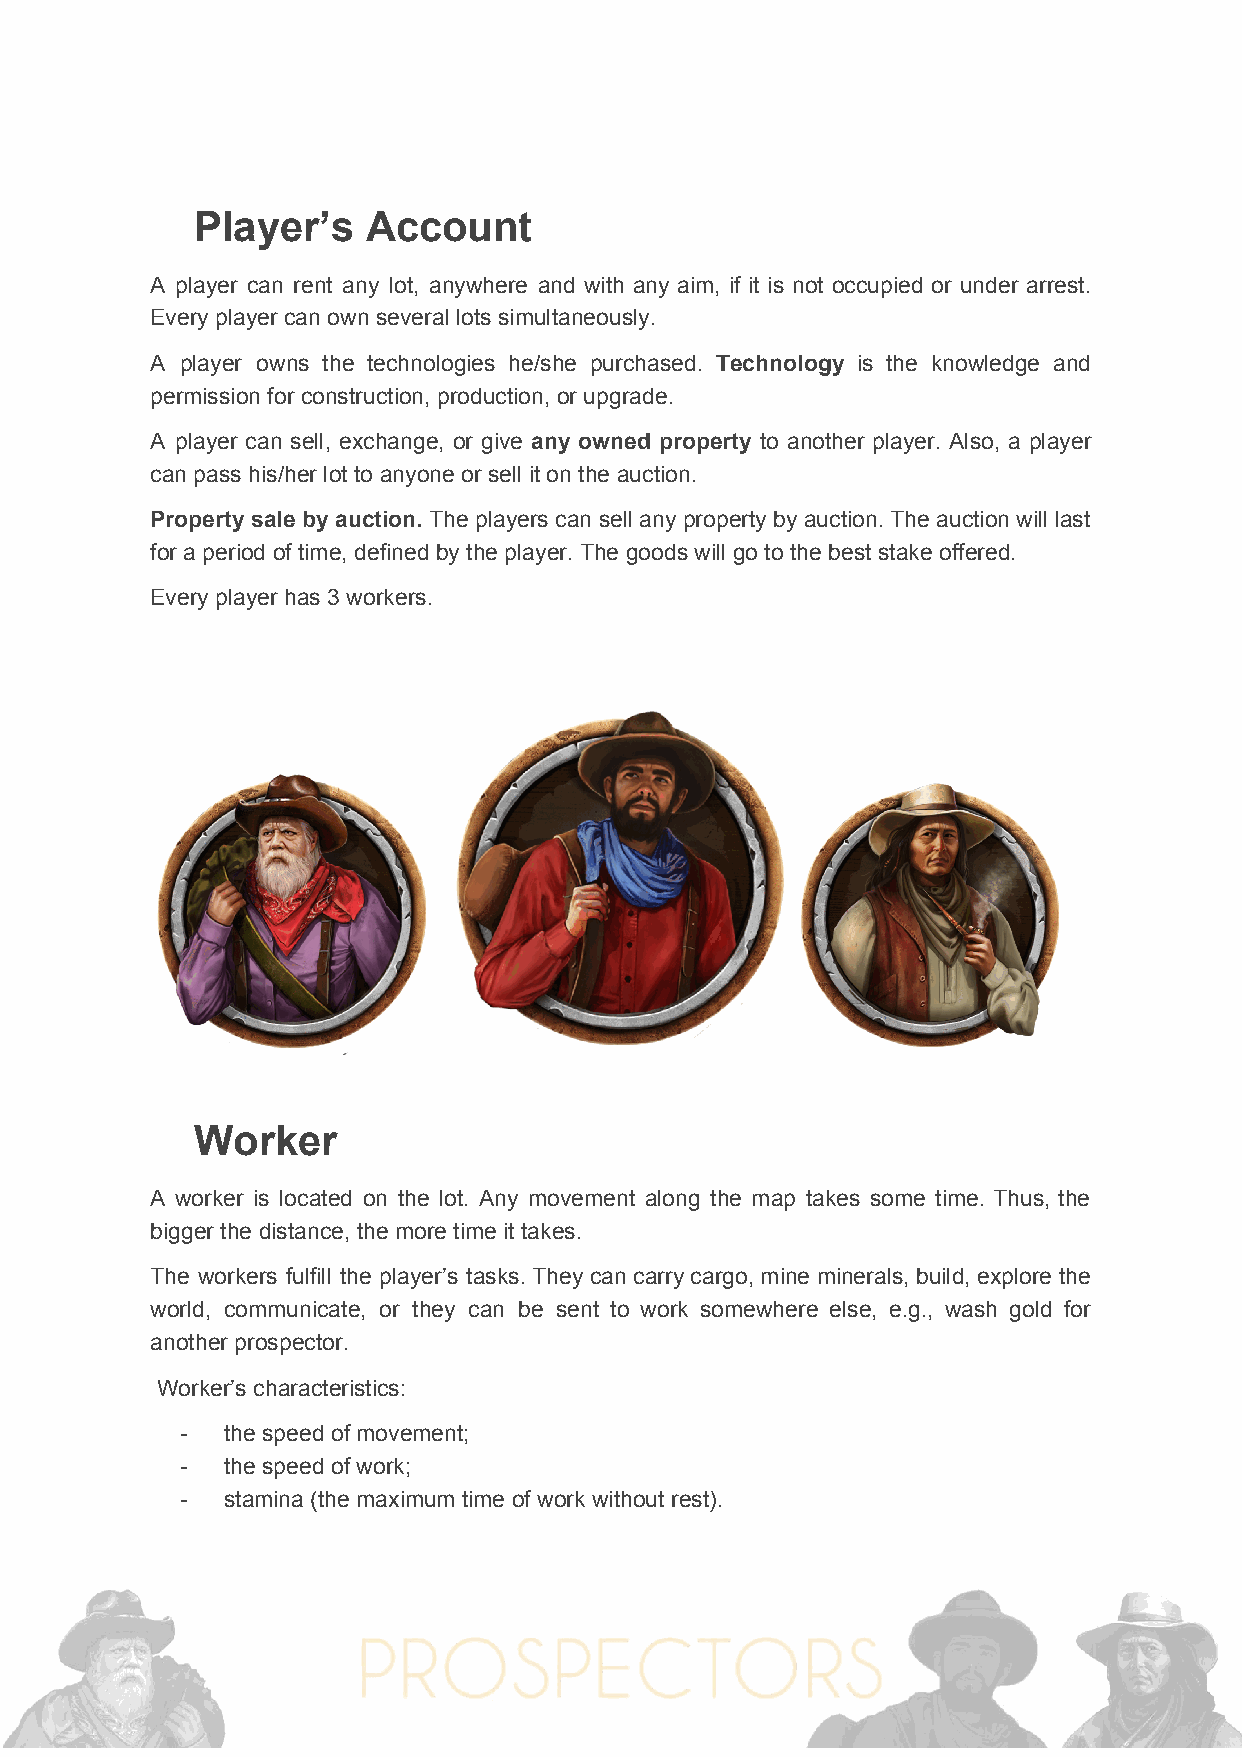
Player’s   Account
 A player can rent any lot, anywhere and with any aim, if it is not occupied or under arrest.
 Every player can own several lots simultaneously.
 A player owns the technologies he/she purchased. ​Technology is the knowledge and
 permission for construction, production, or upgrade.
 A player can sell, exchange, or give ​any owned property to another player. Also, a player
 can pass his/her lot to anyone or sell it on the auction.
 Property sale by auction. ​The players can sell any property by auction. The auction will last
 for a period of time, defined by the player. The goods will go to the best stake offered.
 Every player has 3 workers.
 Worker
 A worker is located on the lot. Any movement along the map takes some time. Thus, the
 bigger the distance, the more time it takes.
 The workers fulfill the player’s tasks. They can carry cargo, mine minerals, build, explore the
 world, communicate, or they can be sent to work somewhere else, e.g., wash gold for
 another prospector.
 Worker’s characteristics:
 -  the speed of movement;
 -  the speed of work;
 -  stamina (the maximum time of work without rest).